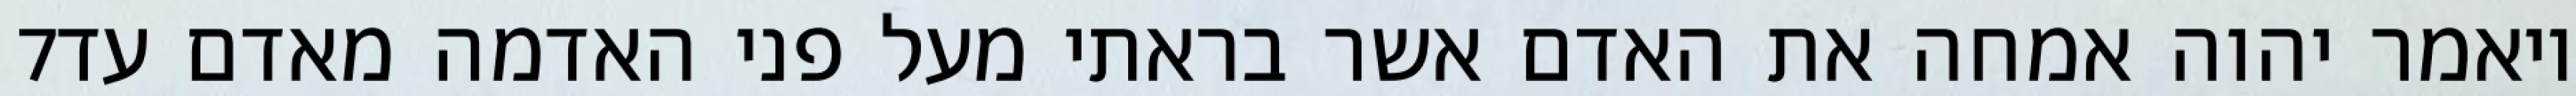
‎7‏ ויאמר יהוה אמחה את האדם אשר בראתי מעל פני האדמה מאדם עד